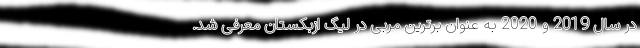
در سال 2019 و 2020 به عنوان برترین مربی در لیگ ازبکستان معرفی شد.